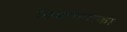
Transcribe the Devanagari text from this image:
छिन्नमस्तका